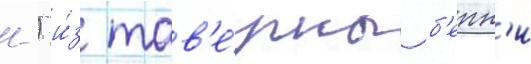
л.) и́з тав'е́рны б'енн'и